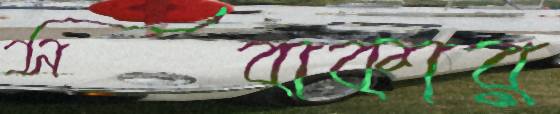
সবাকার